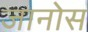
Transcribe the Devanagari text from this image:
जानोस